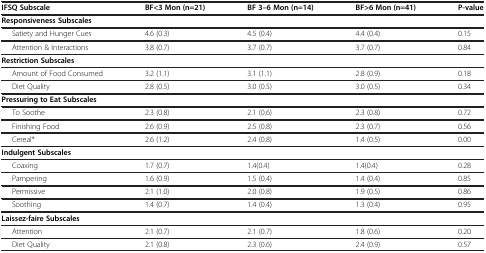
<table><thead><tr><td><b>IFSQ Subscale</b></td><td><b>BF&lt;3 Mon (n=21)</b></td><td><b>BF 3–6 Mon (n=14)</b></td><td><b>BF&gt;6 Mon (n=41)</b></td><td><b>P-value</b></td></tr></thead><tbody><tr><td><b>Responsiveness Subscales</b></td><td> </td><td> </td><td> </td><td> </td></tr><tr><td>Satiety and Hunger Cues</td><td>4.6 (0.3)</td><td>4.5 (0.4)</td><td>4.4 (0.4)</td><td>0.15</td></tr><tr><td>Attention &amp; Interactions</td><td>3.8 (0.7)</td><td>3.7 (0.7)</td><td>3.7 (0.7)</td><td>0.84</td></tr><tr><td><b>Restriction Subscales</b></td><td> </td><td> </td><td> </td><td> </td></tr><tr><td>Amount of Food Consumed</td><td>3.2 (1.1)</td><td>3.1 (1.1)</td><td>2.8 (0.9)</td><td>0.18</td></tr><tr><td>Diet Quality</td><td>2.8 (0.5)</td><td>3.0 (0.5)</td><td>3.0 (0.5)</td><td>0.34</td></tr><tr><td><b>Pressuring to Eat Subscales</b></td><td> </td><td> </td><td> </td><td> </td></tr><tr><td>To Soothe</td><td>2.3 (0.8)</td><td>2.1 (0.6)</td><td>2.3 (0.8)</td><td>0.72</td></tr><tr><td>Finishing Food</td><td>2.6 (0.9)</td><td>2.5 (0.8)</td><td>2.3 (0.7)</td><td>0.56</td></tr><tr><td>Cereal*</td><td>2.6 (1.2)</td><td>2.4 (0.8)</td><td>1.4 (0.5)</td><td>0.00</td></tr><tr><td><b>Indulgent Subscales</b></td><td> </td><td> </td><td> </td><td> </td></tr><tr><td>Coaxing</td><td>1.7 (0.7)</td><td>1.4(0.4)</td><td>1.4(0.4)</td><td>0.28</td></tr><tr><td>Pampering</td><td>1.6 (0.9)</td><td>1.5 (0.4)</td><td>1.4 (0.4)</td><td>0.85</td></tr><tr><td>Permissive</td><td>2.1 (1.0)</td><td>2.0 (0.8)</td><td>1.9 (0.5)</td><td>0.86</td></tr><tr><td>Soothing</td><td>1.4 (0.7)</td><td>1.4 (0.4)</td><td>1.3 (0.4)</td><td>0.95</td></tr><tr><td><b>Laissez-faire Subscales</b></td><td> </td><td> </td><td> </td><td> </td></tr><tr><td>Attention</td><td>2.1 (0.7)</td><td>2.1 (0.7)</td><td>1.8 (0.6)</td><td>0.20</td></tr><tr><td>Diet Quality</td><td>2.1 (0.8)</td><td>2.3 (0.6)</td><td>2.4 (0.9)</td><td>0.57</td></tr></tbody></table>